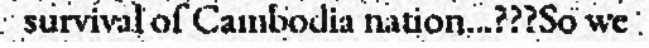
survival of Cambodia nation...???So we